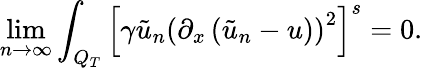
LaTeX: \operatorname*{lim}_{n\rightarrow\infty}\int_{Q_{T}}\left[\gamma\tilde{u}_{n}\left(\partial_{x}\left(\tilde{u}_{n}-u\right)\right)^{2}\right]^{s}=0.